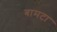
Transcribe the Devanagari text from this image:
बामटा